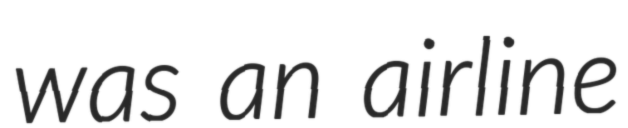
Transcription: was an airline